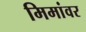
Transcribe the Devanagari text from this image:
मिमांवर